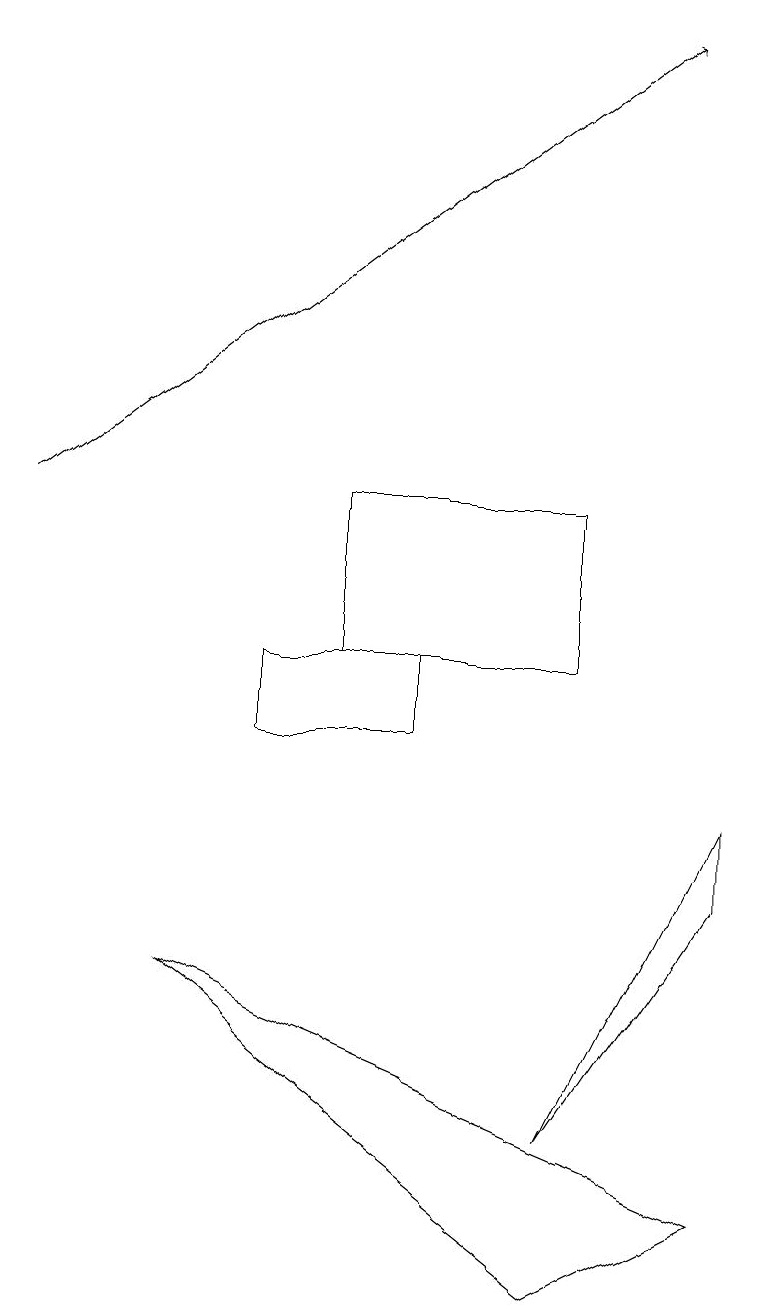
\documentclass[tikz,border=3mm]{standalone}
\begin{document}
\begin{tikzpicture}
\draw (4,11) rectangle (7,13);
\draw (9,9) -- (7,5) -- (9,8) -- cycle;
\draw[->] (0,13) -- (8,19);
\draw (7,3) -- (9,4) -- (2,7) -- cycle;
\draw (5,10) rectangle (3,11);
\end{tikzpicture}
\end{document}